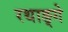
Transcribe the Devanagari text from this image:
रथाङ्गे